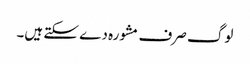
لوگ صرف مشورہ دے سکتے ہیں۔